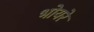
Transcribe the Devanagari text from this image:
भोयरे